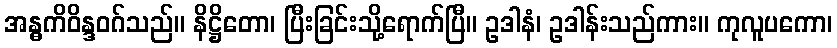
အန္ဓကိဝိန္ဒဝဂ်သည်။ နိဋ္ဌိတော၊ ပြီးခြင်းသို့ရောက်ပြီ။ ဥဒါနံ၊ ဥဒါန်းသည်ကား။ ကုလူပကော၊